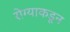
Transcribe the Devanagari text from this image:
रोग्याकडून